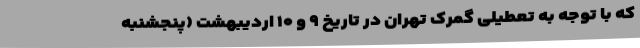
که با توجه به تعطیلی گمرک تهران در تاریخ ۹ و ۱۰ اردیبهشت (پنجشنبه